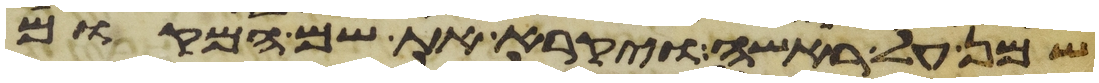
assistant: שמן על ראשה ויקרא את שם המקום